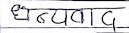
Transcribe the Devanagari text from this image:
धन्यवाद